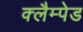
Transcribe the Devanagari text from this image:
क्लैम्पेड